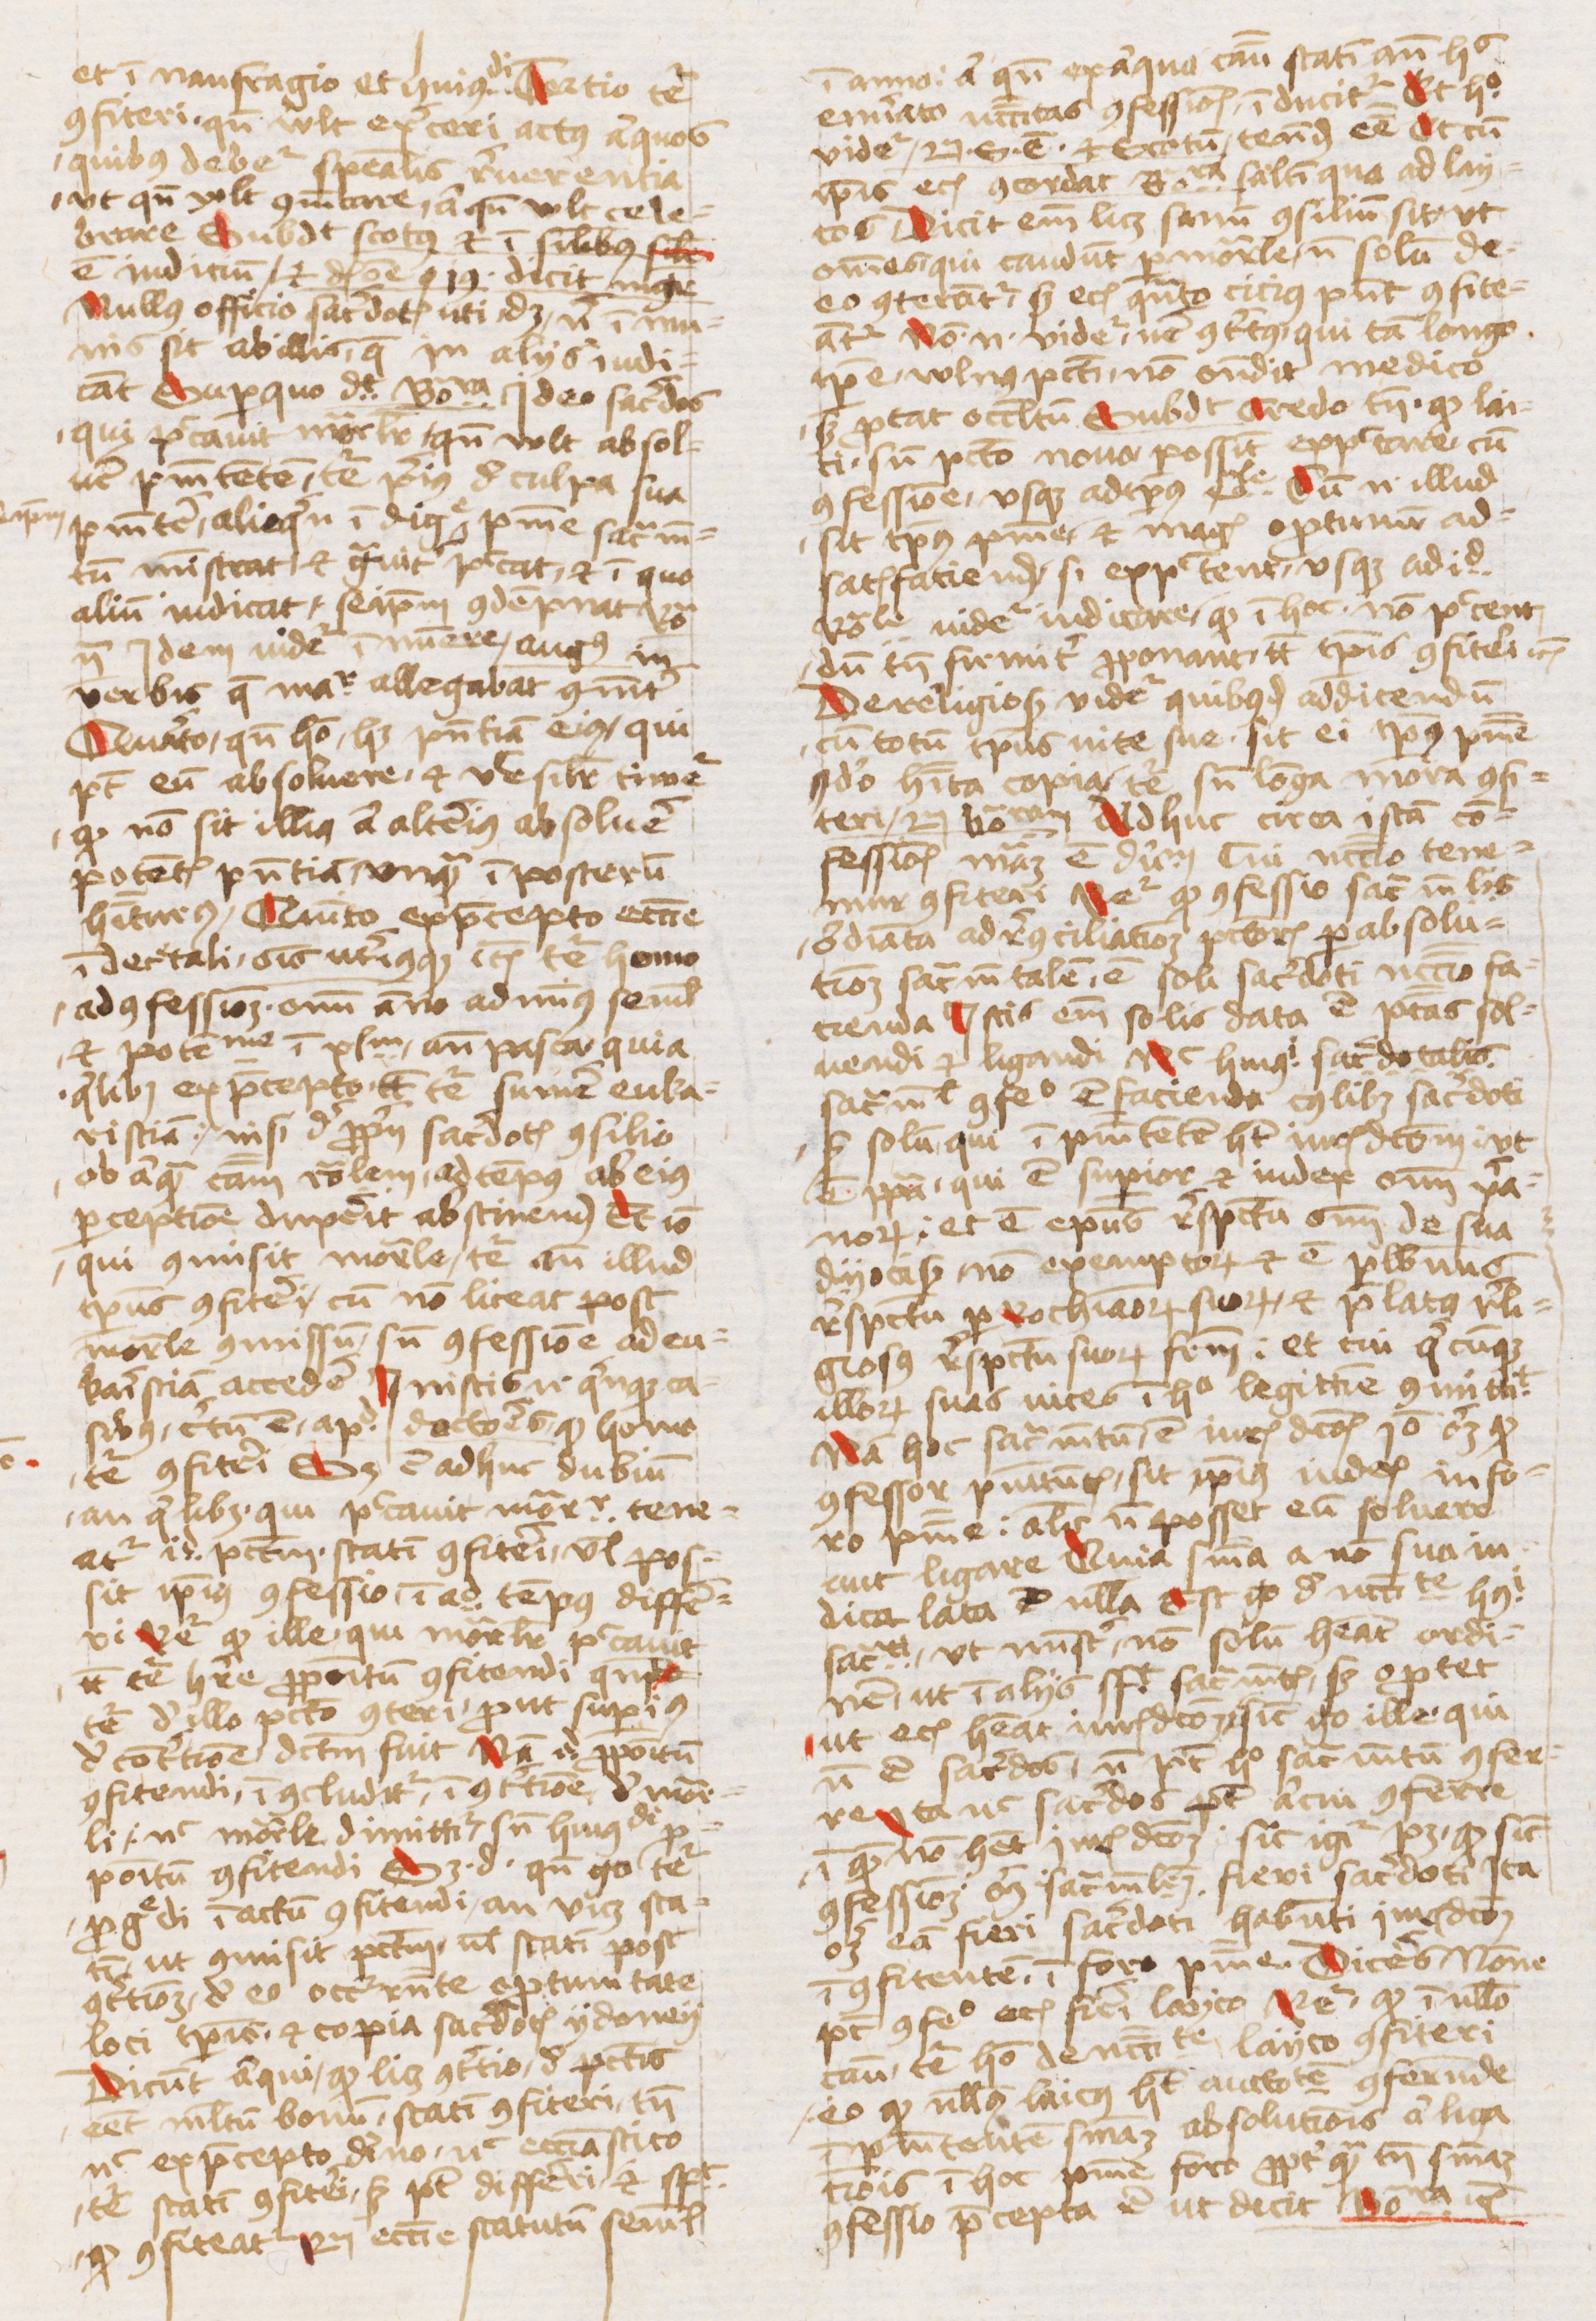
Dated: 1440–1470